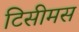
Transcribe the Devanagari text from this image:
टिसीमस